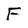
Character: F